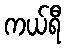
ကယ်ရီ